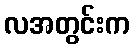
လအတွင်းက